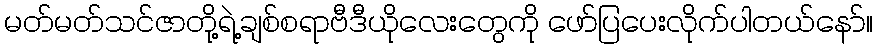
မတ်မတ်သင်ဇာတို့ရဲ့ချစ်စရာဗီဒီယိုလေးတွေကို ဖော်ပြပေးလိုက်ပါတယ်နော်။